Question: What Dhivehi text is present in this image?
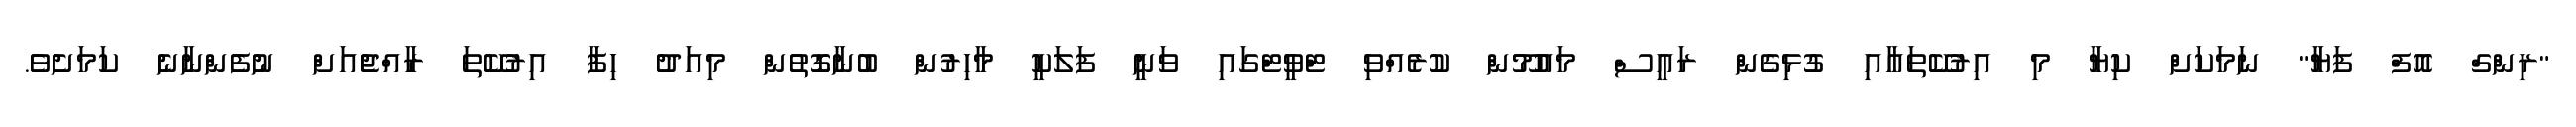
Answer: "ރިންގް އޮފް ފަޔާ" ނަމަކަށް ކިޔާ މި އިރުކޭތައާއި ގުޅިގެން ރައީސް މައުމޫން ކުރެއްވި ޓްވީޓްގައި ވަނީ ފަލަކީ މާހިރުން ބުނާގޮތުން މިއަދު ހިފާ އިރުކޭތަ ރާއްޖެއަށް ނުފެންނާނެ ކަމަށެވެ.